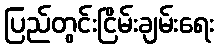
ပြည်တွင်းငြိမ်းချမ်းရေး